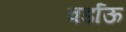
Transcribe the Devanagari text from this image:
वर्डाऊ